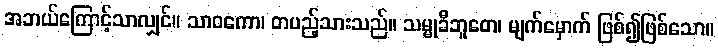
အဘယ်ကြောင့်သာလျှင်။ သာဝကော၊ တပည့်သားသည်။ သမ္မုခီဘူတေ၊ မျက်မှောက် ဖြစ်၍ဖြစ်သော။